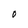
Character: 0